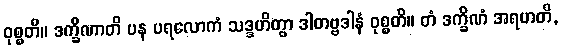
ဝုစ္စတိ။ ဒက္ခိဏာတိ ပန ပရလောကံ သဒ္ဒဟိတွာ ဒါတဗ္ဗဒါနံ ဝုစ္စတိ။ တံ ဒက္ခိဏံ အရဟတိ,